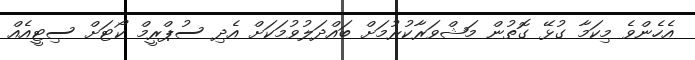
އެހެންވެ މިކަމާ ގުޅޭ ގޮތުން މަޝްވަރާކުރުމަށް ބައްދަލުވުމަކަށް އެދި ސުޕްރީމް ކޯޓަށް ސިޓީއެއް